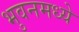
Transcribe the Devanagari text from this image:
भुवनमध्ये